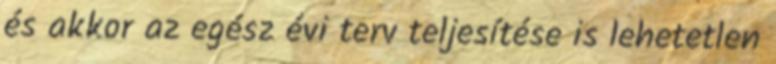
és akkor az egész évi terv teljesítése is lehetetlen